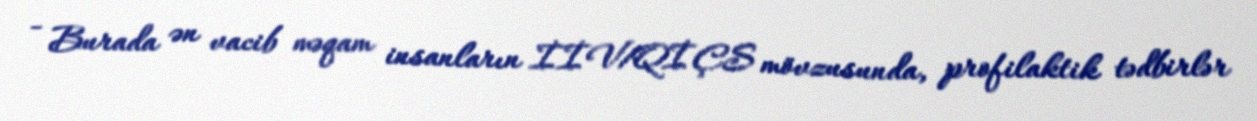
- Burada ən vacib məqam insanların İİV/QİÇS mövzusunda, profilaktik tədbirlər